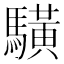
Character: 䮲